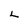
Character: L